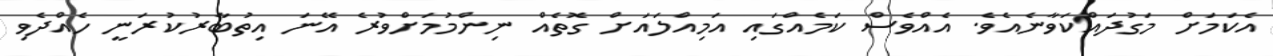
އެކަމަށް މަގުދައްކަވާނެއެވެ. އެއްވެސް ކަމެއްގައި އަމިއްލައަށް ގޮތެއް ނިންމުމަށްވުރެ އޭނަ އިތުބާރުކުރަނީ ހެއްދެވި